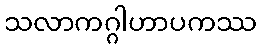
သလာကဂ္ဂါဟာပကဿ